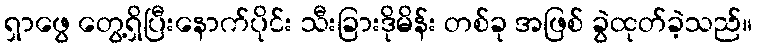
ရှာဖွေ တွေ့ရှိပြီးနောက်ပိုင်း သီးခြားဒိုမိန်း တစ်ခု အဖြစ် ခွဲထုတ်ခဲ့သည်။